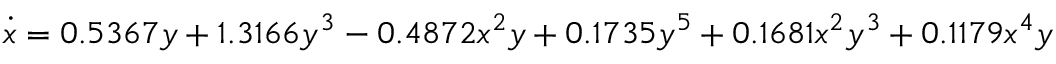
\dot { x } = 0 . 5 3 6 7 y + 1 . 3 1 6 6 y ^ { 3 } - 0 . 4 8 7 2 x ^ { 2 } y + 0 . 1 7 3 5 y ^ { 5 } + 0 . 1 6 8 1 x ^ { 2 } y ^ { 3 } + 0 . 1 1 7 9 x ^ { 4 } y